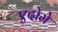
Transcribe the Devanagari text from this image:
एदोमे